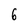
Character: 6